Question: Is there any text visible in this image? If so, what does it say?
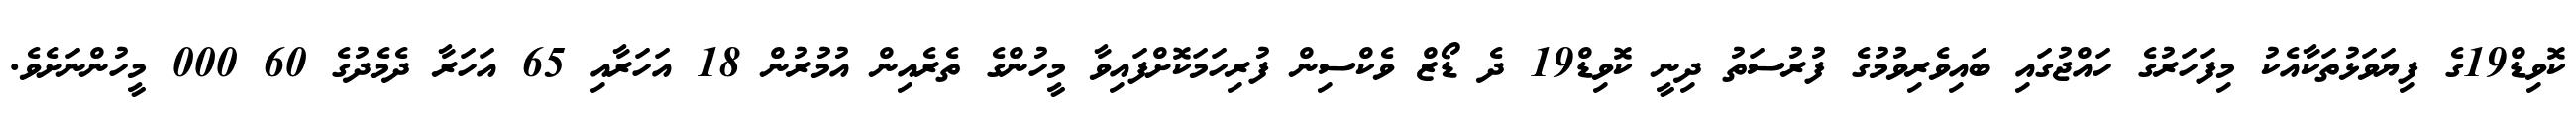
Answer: ކޮވިޑް19ގެ ފިޔަވަޅުތަކާއެކު މިފަހަރުގެ ހައްޖުގައި ބައިވެރިވުމުގެ ފުރުސަތު ދިނީ ކޮވިޑް19 ދެ ޑޯޒް ވެކްސިން ފުރިހަމަކޮށްފައިވާ މީހުންގެ ތެރެއިން އުމުރުން 18 އަހަރާއި 65 އަހަރާ ދެމެދުގެ 60 000 މީހުންނަށެވެ.